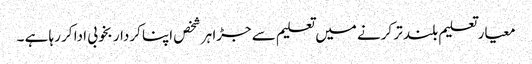
معیار تعلیم بلند تر کرنے میں تعلیم سے جڑا ہر شخص اپنا کردار بخوبی ادا کر رہا ہے ۔